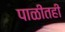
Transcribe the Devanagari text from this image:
पाळीतही